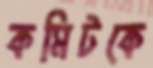
কমিটকে